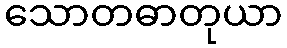
သောတဓာတုယာ